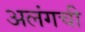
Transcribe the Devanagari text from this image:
अलंगची